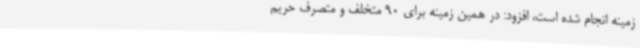
زمینه انجام شده است، افزود: در همین زمینه برای 90 متخلف و متصرف حریم